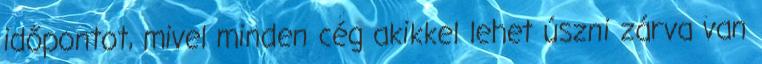
időpontot, mivel minden cég akikkel lehet úszni zárva van